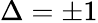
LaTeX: \Delta=\pm 1